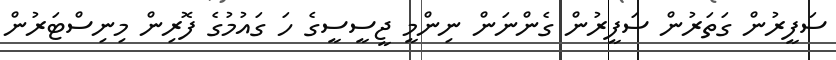
ސަފީރުން ގަތަރުން ސަފީރުން ގެންނަން ނިންމީ ޖީސީސީގެ ހަ ގައުމުގެ ފޮރިން މިނިސްޓަރުން